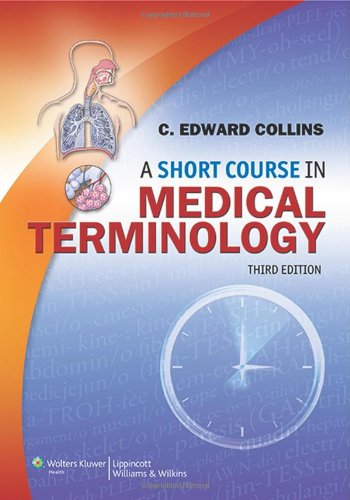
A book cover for A Short Course in Medical Terminology; C. Edward Collins; Medical Books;